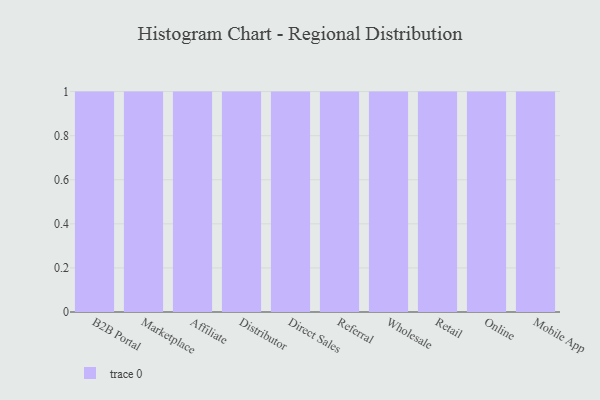
{"axis": {"x": "Channel", "y": "Satisfaction Score"}, "legend": [""], "data": [{"x": "B2B Portal", "y": 55, "type": ""}, {"x": "Marketplace", "y": 91, "type": ""}, {"x": "Affiliate", "y": 49, "type": ""}, {"x": "Distributor", "y": 68, "type": ""}, {"x": "Direct Sales", "y": 21, "type": ""}, {"x": "Referral", "y": 9, "type": ""}, {"x": "Wholesale", "y": 34, "type": ""}, {"x": "Retail", "y": 41, "type": ""}, {"x": "Online", "y": 75, "type": ""}, {"x": "Mobile App", "y": 31, "type": ""}]}